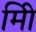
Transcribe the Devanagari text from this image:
मिी